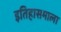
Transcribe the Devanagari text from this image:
इतिहासमाला